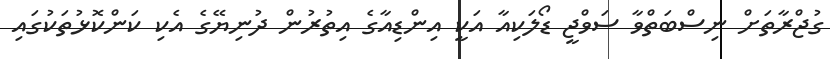
ގުޖްރާތަށް ނިސްބަތްވާ ސަވްޖީ ޑޯލަކިއާ އަކީ އިންޑިއާގެ އިތުރުން ދުނިޔޭގެ އެކި ކަންކޮޅުތަކުގައި